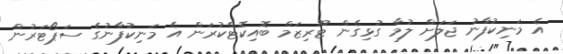
އެ މަނިކުފާނު ޖަލަށް ލުމާ ގުޅިގެން ޓޫރިޒަމް ބޮއިކޮޓްކުރަން އެ މަނިކުފާނުގެ ސަޕޯޓަރުން